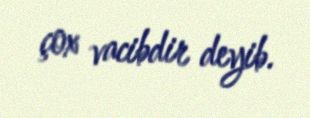
çox vacibdir deyib.